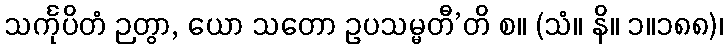
သင်္ကုပိတံ ဉတွာ, ယော သတော ဥပသမ္မတီ’တိ စ။ (သံ။ နိ။ ၁။၁၈၈)၊